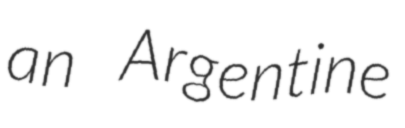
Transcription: an Argentine